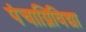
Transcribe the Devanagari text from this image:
पंचाग्निविद्या